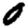
Digit: 0